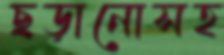
ছড়ানোসহ